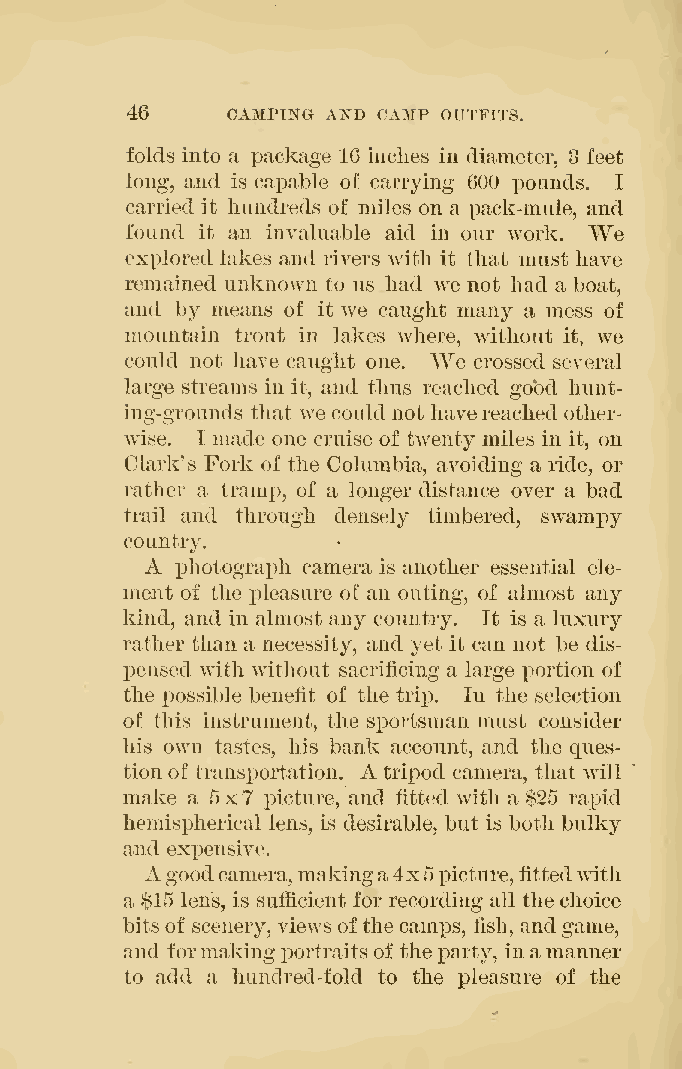
46     CAMPING AND CAMP OUTFITS.
 folds into a package 16 inches in diameter, 3 feet
 long, and is capable of carrying 600 pounds. I
 carried it hundreds of miles on a pack-mule, and
 found it an invaluable aid in our work. We
 explored lakes and rivers with it that must have
 remained unknown to us had we not had a boat,
 and by means of it we caught many a mess of
 mountain trout in lakes where, without it, we
 We
 could not have caught one. crossed several
 large streams in it, and thus reached good hunt-
 ing-grounds that we could not havereached other-
 wise. I made one cruise of twenty miles in it, on
 Clark's Fork of the Columbia, avoiding a ride, or
 rather a tramp, of a longer distance over a bad
 trail and through densely timbered, swampy
 country.
 A
 x>hotograph camera is another essential ele-
 ment of the x^leasure of an outing, of almost any
 kind, and in almost any country. It is a luxury
 rather than a necessity, and yet it can not be dis-
 13ensed with without sacrificing a large portion of
 the possible benefit of the trip. In the selection
 of this instrument, the sportsman must consider
 his own tastes, his bank account, and the ques-
 A
 tion of transi^ortation. tripod camera, that will
 make a 5x7 picture, and fitted with a $25 rapid
 hemi8X)herical lens, is desirable, but is both bulky
 and expensive.
 A goodcamera, makinga4x5picture, fittedwith
 a $15 lens, is sufiicient for recording all the choice
 bits of scenery, views ofthecami)s, fish, andgame,
 and formakingportraitsof theparty, inamanner
 to add a hundred-fold to the pleasure of the